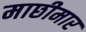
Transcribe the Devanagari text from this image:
माछीमार